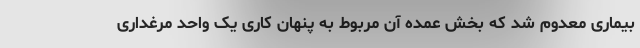
بیماری معدوم شد که بخش عمده آن مربوط به پنهان کاری یک واحد مرغداری